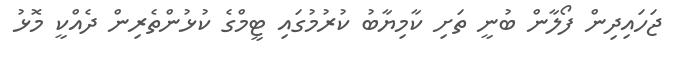
ޖަހައިދިން ފޯލާން ބުނީ ތަށި ކާމިޔާބު ކުރުމުގައި ޓީމްގެ ކުޅުންތެރިން ދެއްކީ މޮޅު